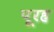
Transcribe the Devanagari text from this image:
पूरह